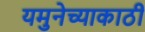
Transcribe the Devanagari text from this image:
यमुनेच्याकाठी